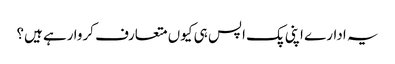
یہ ادارے اپنی پک اپس ہی کیوں متعارف کروا رہے ہیں؟